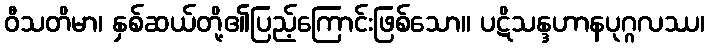
ဝီသတိမာ၊ နှစ်ဆယ်တို့၏ပြည့်ကြောင်းဖြစ်သော။ ပဋိသန္ဒဟာနပုဂ္ဂလဿ၊